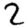
Digit: 2